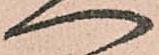
へ